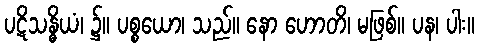
ပဋိသန္ဓိယံ၊ ၌။ ပစ္စယော၊ သည်။ နော ဟောတိ၊ မဖြစ်။ ပန၊ ပါး။